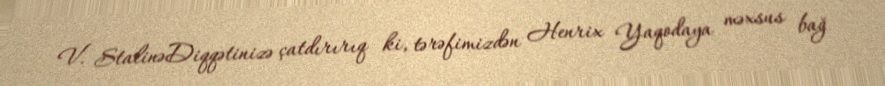
V. StalinəDiqqətinizə çatdırırıq ki, tərəfimizdən Henrix Yaqodaya məxsus bağ